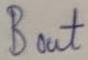
Text: Bout